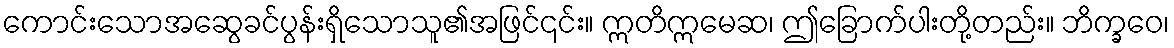
ကောင်းသောအဆွေခင်ပွန်းရှိသောသူ၏အဖြင်၎င်း။ ဣတိဣမေဆ၊ ဤခြောက်ပါးတို့တည်း။ ဘိက္ခဝေ၊